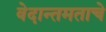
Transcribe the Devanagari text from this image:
वेदान्तमताचे